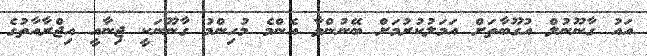
އައު ގާނޫނުލް އުގޫބާތަށް އަމަލުކުރުމަށް ބޭނުންވާ އެންމެ މުހިންމު ގާނޫނަކީ ޖިނާއީ އިޖްރާއާތުގެ